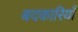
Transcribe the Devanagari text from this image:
बदकारियाँ